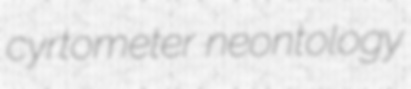
cyrtometer neontology